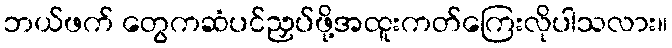
ဘယ်ဖက် တွေကဆံပင်ညှပ်ဖို့အထူးကတ်ကြေးလိုပါသလား။